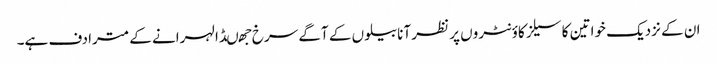
ان کے نزدیک خواتین کا سیلز کاؤنٹروں پر نظر آنا بیلوں کے آگے سرخ جھںڈا لہرانے کے مترادف ہے۔